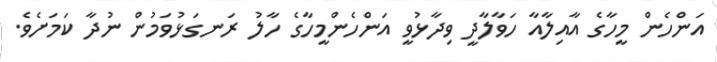
އަންހެން މީހާގެ އާއިލާއާ ހަވާލާދީ ވިދާޅުވީ އަންހެންމީހާގެ ހާލު ރަނގަޅުވަމުން ނުދާ ކަމަށެވެ.